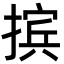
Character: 摈